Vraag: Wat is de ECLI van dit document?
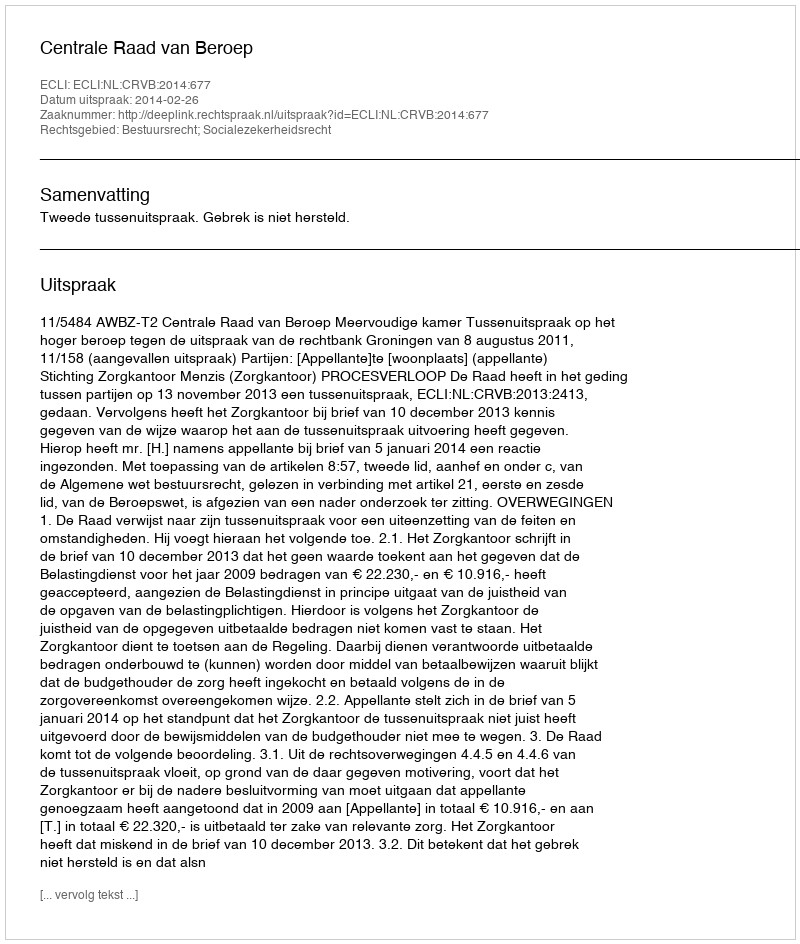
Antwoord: ECLI:NL:CRVB:2014:677